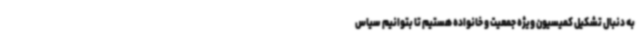
به دنبال تشکیل کمیسیون ویژه جمعیت و خانواده هستیم تا بتوانیم سیاس